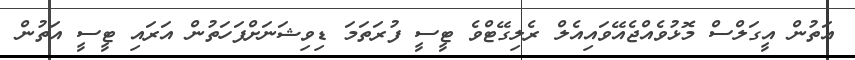
އަތުން އީގަލްސް މޮޅުވެއްޖެއޭވައިއެލް ރެލިގޭޓްވެ ޓީސީ ފުރަތަމަ ޑިވިޝަނަށްފަހަތުން އަރައި ޓީސީ އަތުން